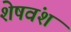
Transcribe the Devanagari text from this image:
शेषवंश